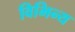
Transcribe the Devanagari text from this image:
विभिन्य